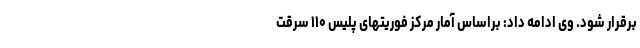
برقرار شود. وی ادامه داد: براساس آمار مرکز فوریتهای پلیس ۱۱۰ سرقت